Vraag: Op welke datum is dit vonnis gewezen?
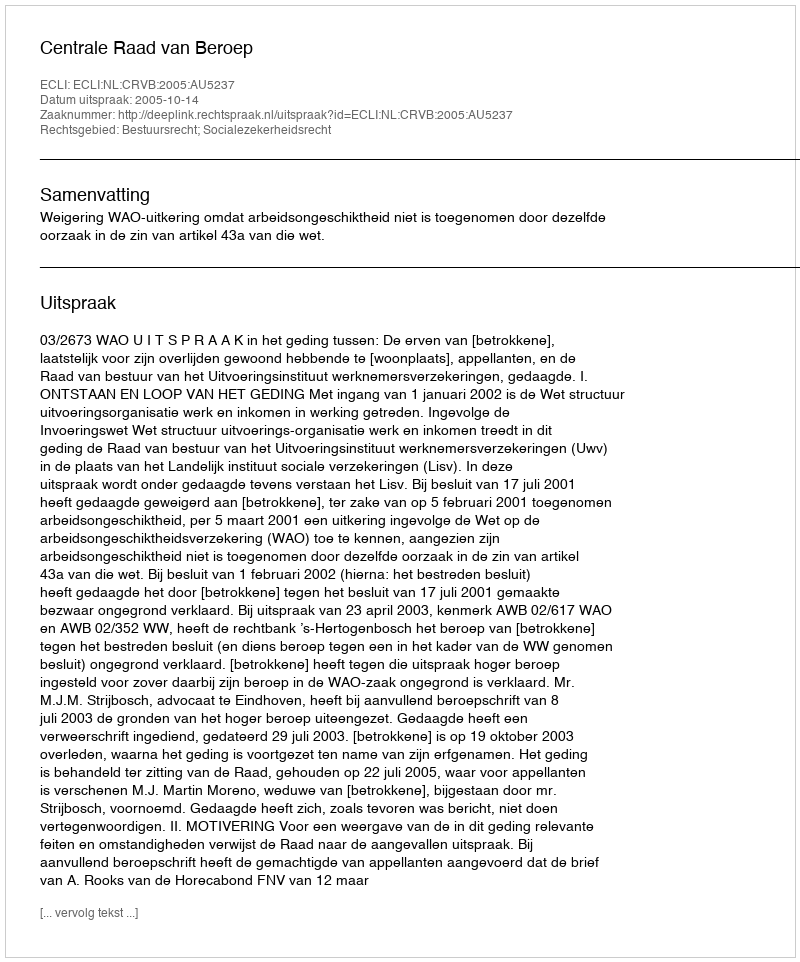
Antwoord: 2005-10-14